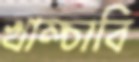
খাম্‌চাবি